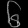
Digit: ၆